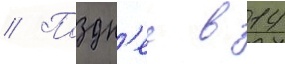
// Поздн'ее в 14